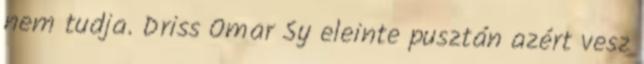
nem tudja. Driss Omar Sy eleinte pusztán azért vesz